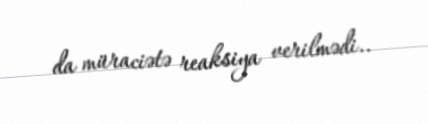
da müraciətə reaksiya verilmədi..